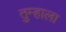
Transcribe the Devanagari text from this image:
तुम्‍हाला